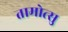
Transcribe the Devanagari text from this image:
तामोत्सु